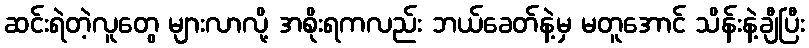
ဆင်းရဲတဲ့လူတွေ များလာလို့ အစိုးရကလည်း ဘယ်ခေတ်နဲ့မှ မတူအောင် သိန်းနဲ့ချီပြီး